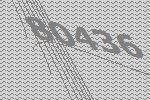
80436